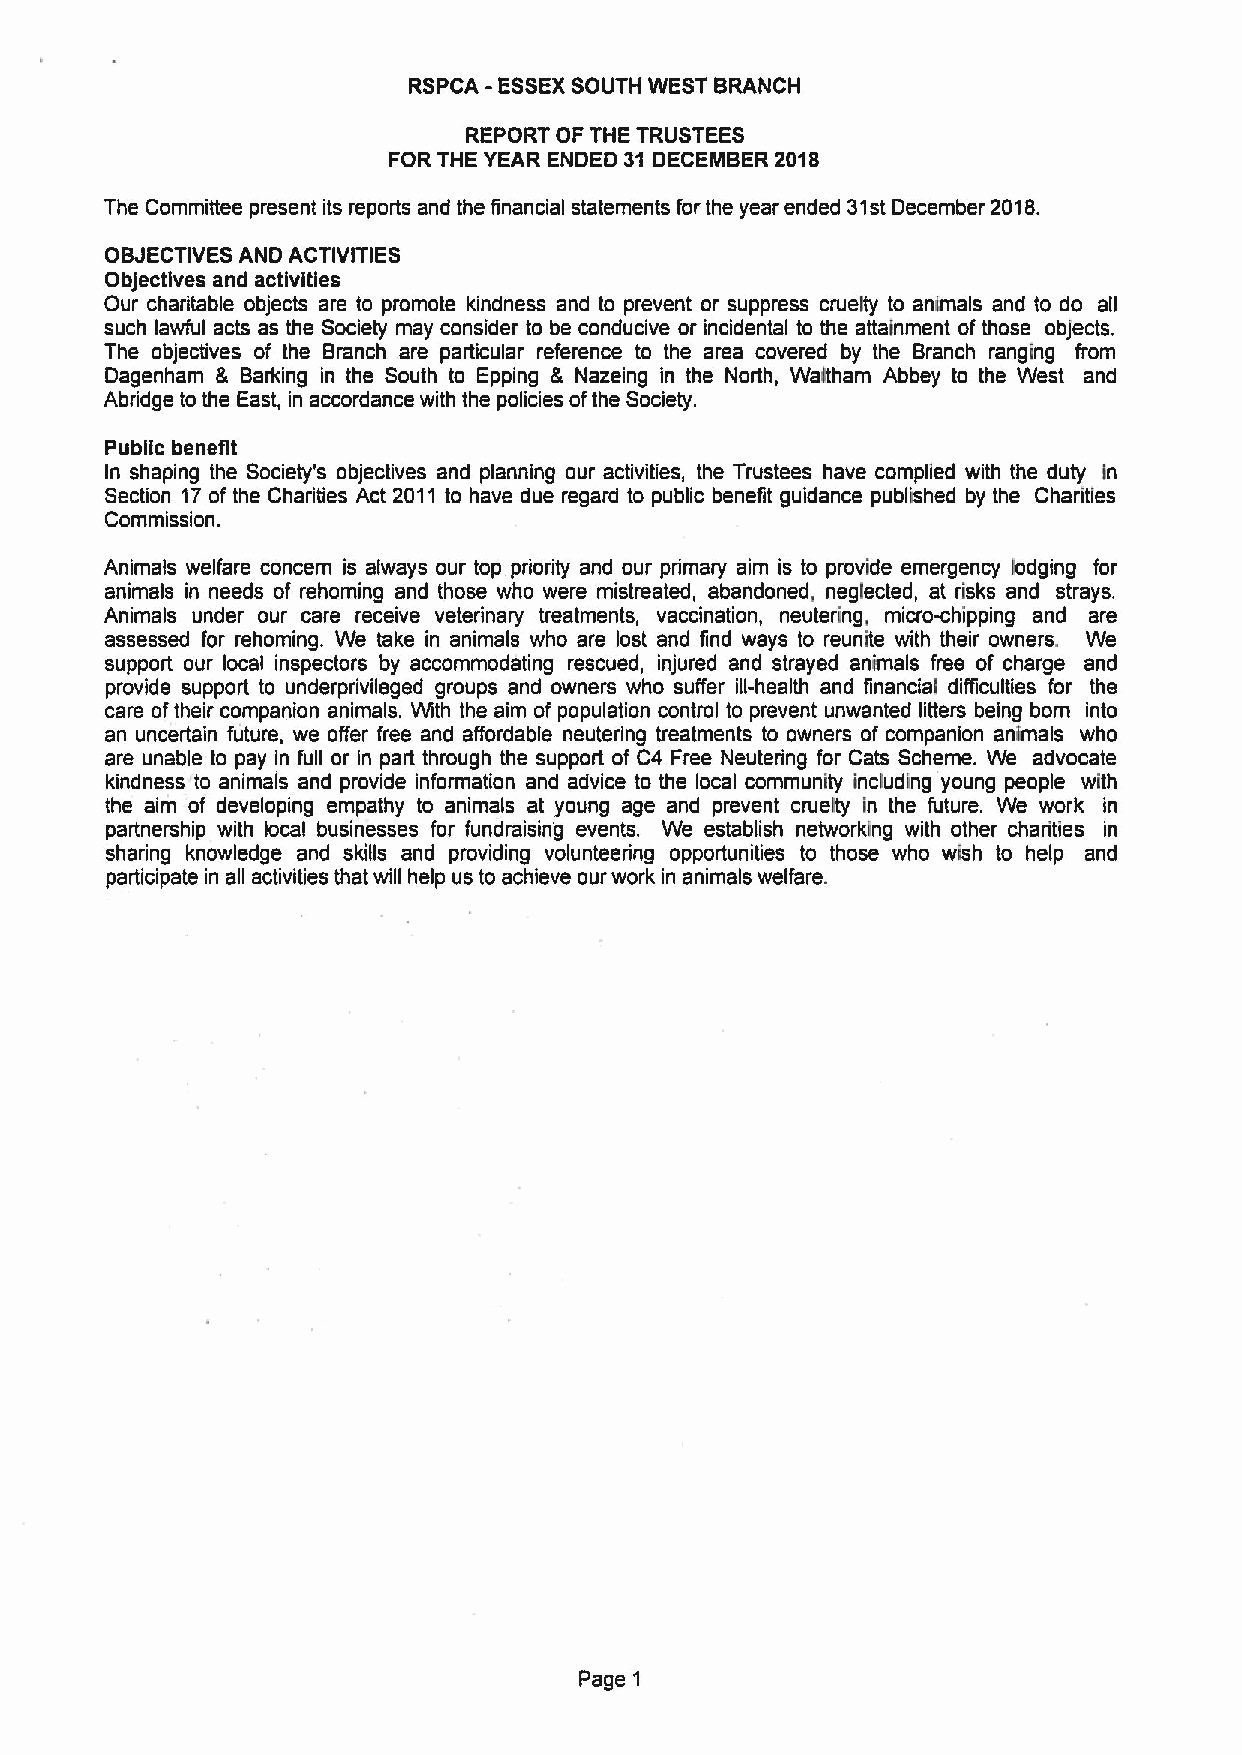
RSPCA -ESSEXSOUTH WEST BRANCH
 REPORT OF THE TRUSTEES
 FOR THE YEAR ENDED 31 DECEMBER 2018
 The Committee present its reports and the financial statements for the year ended 31stDecember 2018.
 OBJECTIVES AND ACTIVITIES
 Objectives and activities
 Our charitable objects are to promote kindness and to prevent or suppress cruelty to animals and to do all
 such lawful acts as the Society may consider to be conducive or incidental to the attainment ofthose objects.
 The objectives of the Branch are particular reference to the area covered by the Branch ranging from
 Dagenham & Barking in the South to Epping & Nazeing in the North, Waitham Abbey to the West and
 Abridge to the East, in accordance with the policies ofthe Society.
 Public benefit
 In shaping the Society's objectives and planning our activities, the Trustees have complied with the duty In
 Section 17of the Charities Act 2011 to have due regard to public benefit guidance published by the Charities
 Commission.
 Animals welfare concern is always our top priodity and our primary aim is to provide emergency lodging for
 animals in needs of rehoming and those who were mistreated, abandoned, neglected, at risks and strays.
 Animals under our care receive veterinary treatments, vaccination, neutering, micro-chipping and are
 assessed for rehoming. We take in animals who are lost and find ways to reunite with their owners. We
 support our local inspectors by accommodating rescued, injured and strayed animals free of charge and
 provide support to underprivileged groups and owners who suffer ill-health and financial difficulties for the
 care oftheir companion animals. With the aim of population control to prevent unwanted litters being born into
 an uncertain future, we offer free and affordable neutering treatments to owners of companion animals who
 are unable to pay in full or in part through the support of C4 Free Neutering for Cats Scheme. We advocate
 kindness to animals and provide information and advice to the local community including young people with
 the aim of developing empathy to animals at young age and prevent cruelty in the future. We work in
 partnership with local businesses for fundraising events. We establish networking with other chadities in
 sharing knowledge and skills and providing volunteering opportunities to those who wish to help and
 participate in all activities that will help us to achieve our work in animals welfare.
 Page 1